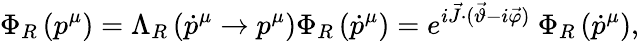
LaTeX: \Phi_{R}\left(p^{\mu}\right)=\Lambda_{R}\left(\dot{p}^{\mu}\to p^{\mu}\right)\Phi_{R}\left(\dot{p}^{\mu}\right)=e^{i\vec{J}\cdot(\vec{\vartheta}-i\vec{\varphi})}~\Phi_{R}\left(\dot{p}^{\mu}\right),